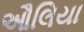
ઔલિયા